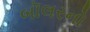
બૉલરનો